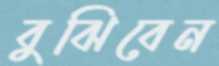
বুঝিবেন